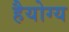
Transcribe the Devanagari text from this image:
हैयोग्य